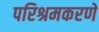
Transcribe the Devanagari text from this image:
परिश्रमकरणे